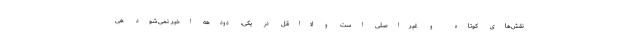
نقش‌های کوتاه و غیراصلی است و لااقل در یکی، دودهه اخیر نمی‌شود هی